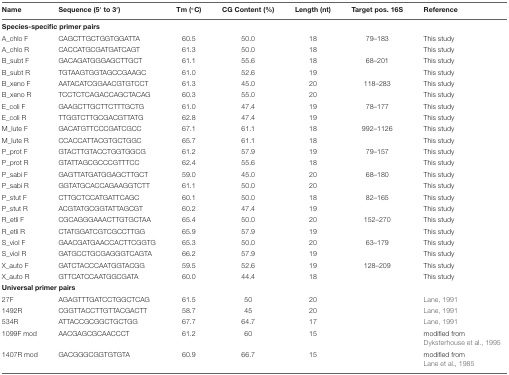
<table><thead><tr><td><b>Name</b></td><td><b>Sequence (5′ to 3′)</b></td><td><b>Tm (°C)</b></td><td><b>CG Content (%)</b></td><td><b>Length (nt)</b></td><td><b>Target pos. 16S</b></td><td><b>Reference</b></td></tr></thead><tbody><tr><td colspan="2"><b>Species-specific primer pairs</b></td></tr><tr><td>A_chlo F</td><td>CAGCTTGCTGGTGGATTA</td><td>60.5</td><td>50.0</td><td>18</td><td>79–183</td><td>This study</td></tr><tr><td>A_chlo R</td><td>CACCATGCGATGATCAGT</td><td>61.3</td><td>50.0</td><td>18</td><td></td><td>This study</td></tr><tr><td>B_subt F</td><td>GACAGATGGGAGCTTGCT</td><td>61.1</td><td>55.6</td><td>18</td><td>68–201</td><td>This study</td></tr><tr><td>B_subt R</td><td>TGTAAGTGGTAGCCGAAGC</td><td>61.0</td><td>52.6</td><td>19</td><td></td><td>This study</td></tr><tr><td>B_xeno F</td><td>AATACATCGGAACGTGTCCT</td><td>61.3</td><td>45.0</td><td>20</td><td>118–283</td><td>This study</td></tr><tr><td>B_xeno R</td><td>TCCTCTCAGACCAGCTACAG</td><td>60.3</td><td>55.0</td><td>20</td><td></td><td>This study</td></tr><tr><td>E_coli F</td><td>GAAGCTTGCTTCTTTGCTG</td><td>61.0</td><td>47.4</td><td>19</td><td>78–177</td><td>This study</td></tr><tr><td>E_coli R</td><td>TTGGTCTTGCGACGTTATG</td><td>62.8</td><td>47.4</td><td>19</td><td></td><td>This study</td></tr><tr><td>M_lute F</td><td>GACATGTTCCCGATCGCC</td><td>67.1</td><td>61.1</td><td>18</td><td>992–1126</td><td>This study</td></tr><tr><td>M_lute R</td><td>CCACCATTACGTGCTGGC</td><td>65.7</td><td>61.1</td><td>18</td><td></td><td>This study</td></tr><tr><td>P_prot F</td><td>GTACTTGTACCTGGTGGCG</td><td>61.2</td><td>57.9</td><td>19</td><td>79–157</td><td>This study</td></tr><tr><td>P_prot R</td><td>GTATTAGCGCCCGTTTCC</td><td>62.4</td><td>55.6</td><td>18</td><td></td><td>This study</td></tr><tr><td>P_sabi F</td><td>GAGTTATGATGGAGCTTGCT</td><td>59.0</td><td>45.0</td><td>20</td><td>68–180</td><td>This study</td></tr><tr><td>P_sabi R</td><td>GGTATGCACCAGAAGGTCTT</td><td>61.1</td><td>50.0</td><td>20</td><td></td><td>This study</td></tr><tr><td>P_stut F</td><td>CTTGCTCCATGATTCAGC</td><td>60.1</td><td>50.0</td><td>18</td><td>82–165</td><td>This study</td></tr><tr><td>P_stut R</td><td>ACGTATGCGGTATTAGCGT</td><td>60.2</td><td>47.4</td><td>19</td><td></td><td>This study</td></tr><tr><td>R_etli F</td><td>CGCAGGGAAACTTGTGCTAA</td><td>65.4</td><td>50.0</td><td>20</td><td>152–270</td><td>This study</td></tr><tr><td>R_etli R</td><td>CTATGGATCGTCGCCTTGG</td><td>65.9</td><td>57.9</td><td>19</td><td></td><td>This study</td></tr><tr><td>S_viol F</td><td>GAACGATGAACCACTTCGGTG</td><td>65.3</td><td>50.0</td><td>20</td><td>63–179</td><td>This study</td></tr><tr><td>S_viol R</td><td>GATGCCTGCGAGGGTCAGTA</td><td>66.2</td><td>57.9</td><td>19</td><td></td><td>This study</td></tr><tr><td>X_auto F</td><td>GATCTACCCAATGGTACGG</td><td>59.5</td><td>52.6</td><td>19</td><td>128–209</td><td>This study</td></tr><tr><td>X_auto R</td><td>GTTCATCCAATGGCGATA</td><td>60.0</td><td>44.4</td><td>18</td><td></td><td>This study</td></tr><tr><td colspan="7"><b>Universal primer pairs</b></td></tr><tr><td>27F</td><td>AGAGTTTGATCCTGGCTCAG</td><td>61.5</td><td>50</td><td>20</td><td></td><td>Lane, 1991</td></tr><tr><td>1492R</td><td>CGGTTACCTTGTTACGACTT</td><td>58.7</td><td>45</td><td>20</td><td></td><td>Lane, 1991</td></tr><tr><td>534R</td><td>ATTACCGCGGCTGCTGG</td><td>67.7</td><td>64.7</td><td>17</td><td></td><td>Lane, 1991</td></tr><tr><td>1099F mod</td><td>AACGAGCGCAACCCT</td><td>61.2</td><td>60</td><td>15</td><td></td><td>modified from Dyksterhouse et al., 1995</td></tr><tr><td>1407R mod</td><td>GACGGGCGGTGTGTA</td><td>60.9</td><td>66.7</td><td>15</td><td></td><td>modified from Lane et al., 1985</td></tr></tbody></table>